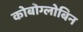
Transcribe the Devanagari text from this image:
कोबोग्लोबिन